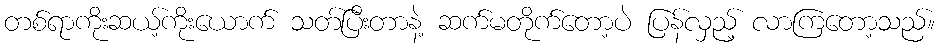
တစ်ရာကိုးဆယ့်ကိုးယောက် သတ်ပြီးတာနဲ့ ဆက်မတိုက်တော့ပဲ ပြန်လှည့် လာကြတော့သည်။